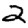
Digit: 2